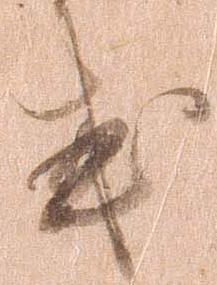
或